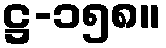
ဋ္ဌ-၁၅၈။